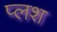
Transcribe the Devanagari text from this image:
प्लश